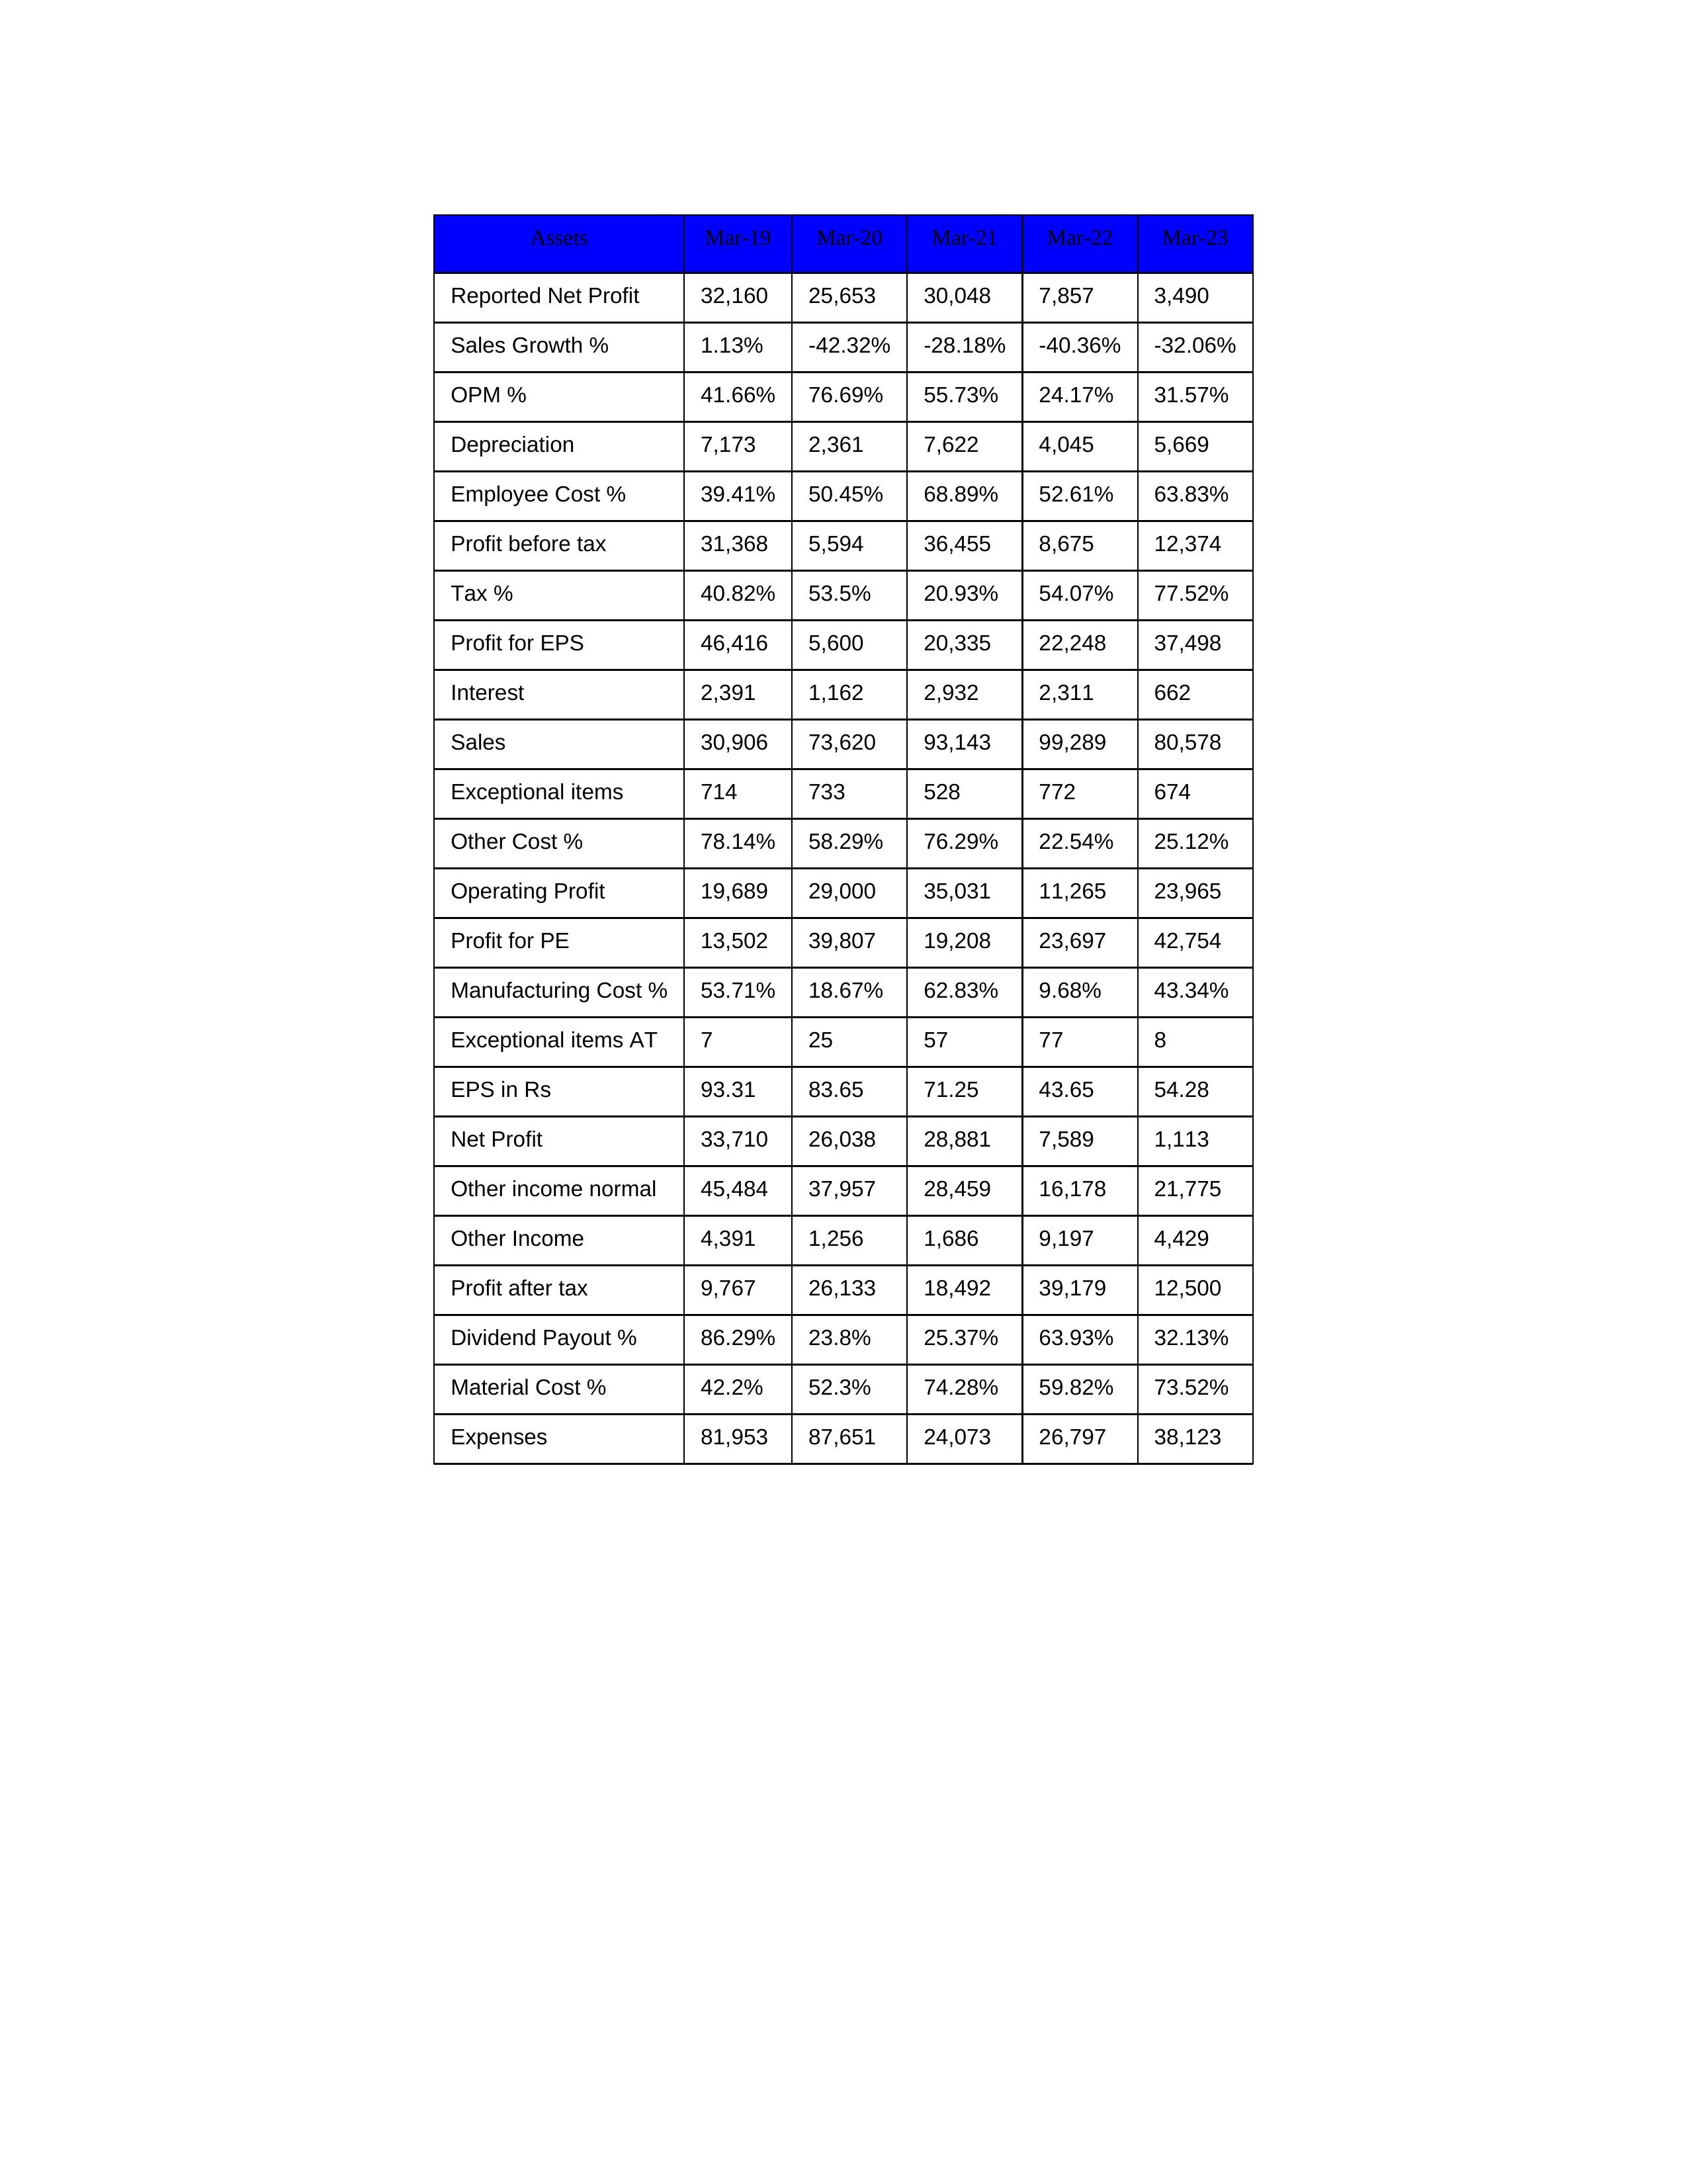
gt_parse: Mar-19: Sales: 30,906
Sales Growth %: 1.13%
Expenses: 81,953
Material Cost %: 42.2%
Manufacturing Cost %: 53.71%
Employee Cost %: 39.41%
Other Cost %: 78.14%
Operating Profit: 19,689
OPM %: 41.66%
Other Income: 4,391
Exceptional items: 714
Other income normal: 45,484
Interest: 2,391
Depreciation: 7,173
Profit before tax: 31,368
Tax %: 40.82%
Net Profit: 33,710
Profit after tax: 9,767
Reported Net Profit: 32,160
Profit for EPS: 46,416
Exceptional items AT: 7
Profit for PE: 13,502
EPS in Rs: 93.31
Dividend Payout %: 86.29%
Mar-20: Sales: 73,620
Sales Growth %: -42.32%
Expenses: 87,651
Material Cost %: 52.3%
Manufacturing Cost %: 18.67%
Employee Cost %: 50.45%
Other Cost %: 58.29%
Operating Profit: 29,000
OPM %: 76.69%
Other Income: 1,256
Exceptional items: 733
Other income normal: 37,957
Interest: 1,162
Depreciation: 2,361
Profit before tax: 5,594
Tax %: 53.5%
Net Profit: 26,038
Profit after tax: 26,133
Reported Net Profit: 25,653
Profit for EPS: 5,600
Exceptional items AT: 25
Profit for PE: 39,807
EPS in Rs: 83.65
Dividend Payout %: 23.8%
Mar-21: Sales: 93,143
Sales Growth %: -28.18%
Expenses: 24,073
Material Cost %: 74.28%
Manufacturing Cost %: 62.83%
Employee Cost %: 68.89%
Other Cost %: 76.29%
Operating Profit: 35,031
OPM %: 55.73%
Other Income: 1,686
Exceptional items: 528
Other income normal: 28,459
Interest: 2,932
Depreciation: 7,622
Profit before tax: 36,455
Tax %: 20.93%
Net Profit: 28,881
Profit after tax: 18,492
Reported Net Profit: 30,048
Profit for EPS: 20,335
Exceptional items AT: 57
Profit for PE: 19,208
EPS in Rs: 71.25
Dividend Payout %: 25.37%
Mar-22: Sales: 99,289
Sales Growth %: -40.36%
Expenses: 26,797
Material Cost %: 59.82%
Manufacturing Cost %: 9.68%
Employee Cost %: 52.61%
Other Cost %: 22.54%
Operating Profit: 11,265
OPM %: 24.17%
Other Income: 9,197
Exceptional items: 772
Other income normal: 16,178
Interest: 2,311
Depreciation: 4,045
Profit before tax: 8,675
Tax %: 54.07%
Net Profit: 7,589
Profit after tax: 39,179
Reported Net Profit: 7,857
Profit for EPS: 22,248
Exceptional items AT: 77
Profit for PE: 23,697
EPS in Rs: 43.65
Dividend Payout %: 63.93%
Mar-23: Sales: 80,578
Sales Growth %: -32.06%
Expenses: 38,123
Material Cost %: 73.52%
Manufacturing Cost %: 43.34%
Employee Cost %: 63.83%
Other Cost %: 25.12%
Operating Profit: 23,965
OPM %: 31.57%
Other Income: 4,429
Exceptional items: 674
Other income normal: 21,775
Interest: 662
Depreciation: 5,669
Profit before tax: 12,374
Tax %: 77.52%
Net Profit: 1,113
Profit after tax: 12,500
Reported Net Profit: 3,490
Profit for EPS: 37,498
Exceptional items AT: 8
Profit for PE: 42,754
EPS in Rs: 54.28
Dividend Payout %: 32.13%